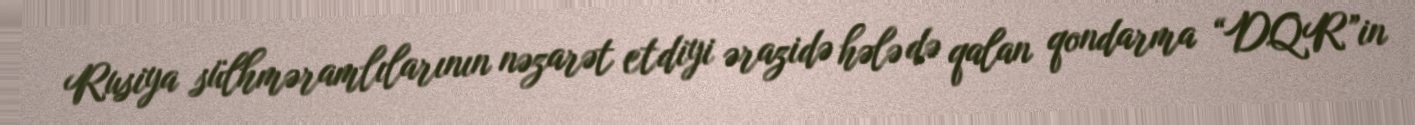
Rusiya sülhməramlılarının nəzarət etdiyi ərazidə hələ də qalan qondarma “DQR”in